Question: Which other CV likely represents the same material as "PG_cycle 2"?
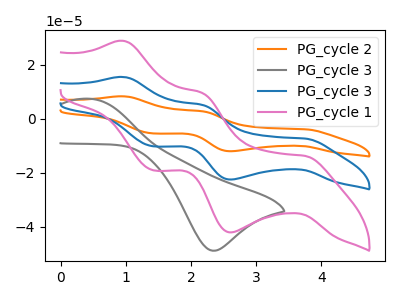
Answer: <think>The orange curve "PG_cycle 2" has anodic peaks at (0.95V, 30.80uA) (2.15V, 10.25uA) and cathodic peaks at (3.75V, -14.75uA) (2.60V, -45.05uA) (1.40V, -20.45uA). The gray curve "PG_cycle 3" has an anodic peak at (0.45V, 7.35uA) and a cathodic peak at (2.35V, -48.90uA). The blue curve "PG_cycle 3" has anodic peaks at (0.95V, 15.40uA) (2.15V, 5.10uA) and cathodic peaks at (3.75V, -7.40uA) (2.60V, -22.55uA) (1.40V, -10.25uA). The pink curve "PG_cycle 1" has anodic peaks at (0.95V, 28.75uA) (2.15V, 9.55uA) and cathodic peaks at (3.75V, -13.80uA) (2.60V, -42.10uA) (1.40V, -19.10uA).
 "PG_cycle 2" and "PG_cycle 3" have a different number of peaks. All the peaks in "PG_cycle 2" have a peak in "PG_cycle 3" at the same potential. Every peak in "PG_cycle 2" is higher than every peak in "PG_cycle 3". All the peaks in "PG_cycle 2" have a peak in "PG_cycle 1" at the same potential. Every peak in "PG_cycle 2" is higher than every peak in "PG_cycle 1". "PG_cycle 3" and "PG_cycle 3" have a different number of peaks. "PG_cycle 3" and "PG_cycle 1" have a different number of peaks. All the peaks in "PG_cycle 3" have a peak in "PG_cycle 1" at the same potential. Every peak in "PG_cycle 3" is lower than every peak in "PG_cycle 1".</think>
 <answer>"PG_cycle 2" and "PG_cycle 3" have a similar shape to "PG_cycle 1".</answer>
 <eval>"PG_cycle 2" "PG_cycle 3"</eval>